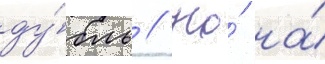
ду́бль // Но́ на́